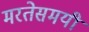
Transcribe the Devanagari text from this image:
मरतेसमयी